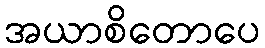
အယာစိတောပေ